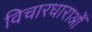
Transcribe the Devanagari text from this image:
विचारधाराओँ